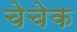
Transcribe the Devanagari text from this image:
चेचेक